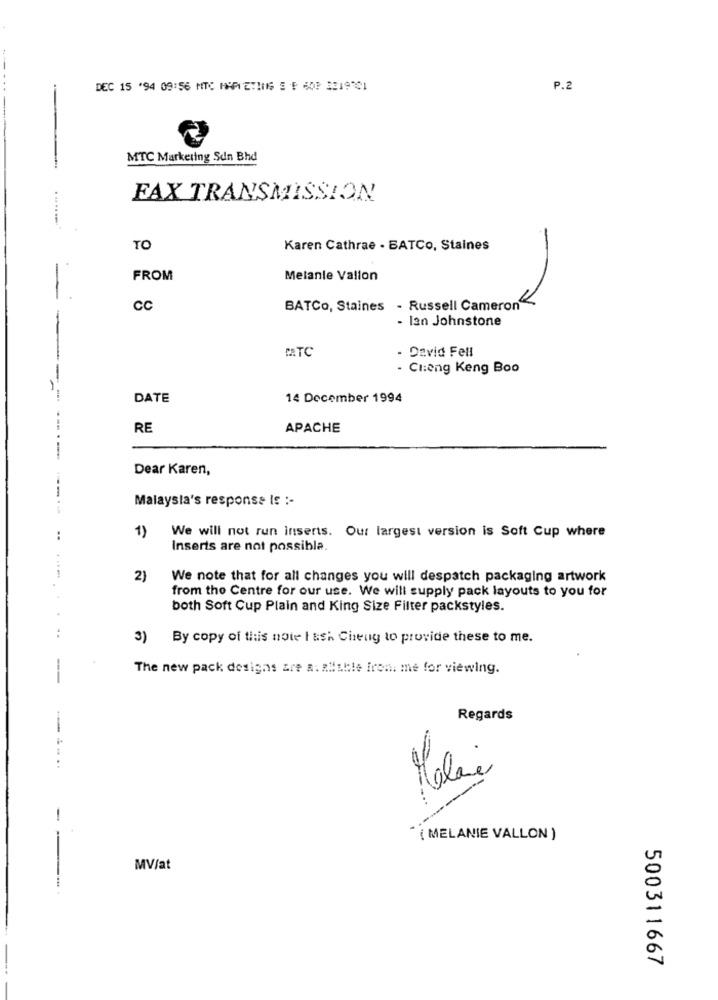
DEC 15 '94 09:56 MTC HAPIETINIS 5 5 60P 3219301
P.2
MTC Markering Sdn Bhd
FAX TRANSMISSION
-
TO
Karen Cathrae - BATCo, Staines
-
FROM
Melanie Valion
-
cc
BATCo, Staines - Russell Cameron"
- lan Johnstone
-
MATC
- David Fell
- Cheng Keng Boo
-
DATE
14 December 1994
RE
APACHE
Dear Karen,
-
Malaysia's response Is :-
1)
We will not run inserts. Our largest version is Soft Cup where
..
Inserts are not possible.
2)
We note that for all changes you will despatch packaging artwork
from the Centre for our use. We will supply pack layouts to you for
both Soft Cup Plain and King Size Filter packstyles.
:
3) By copy of this note I ash Cheng to provide these to me.
-
The new pack designs are a: Risble Ironi me for viewing.
Regards
...
-
( MELANIE VALLON )
MV/at
500311667